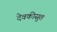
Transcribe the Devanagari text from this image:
देवकीसुत